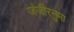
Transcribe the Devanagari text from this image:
जंजीरनुमा